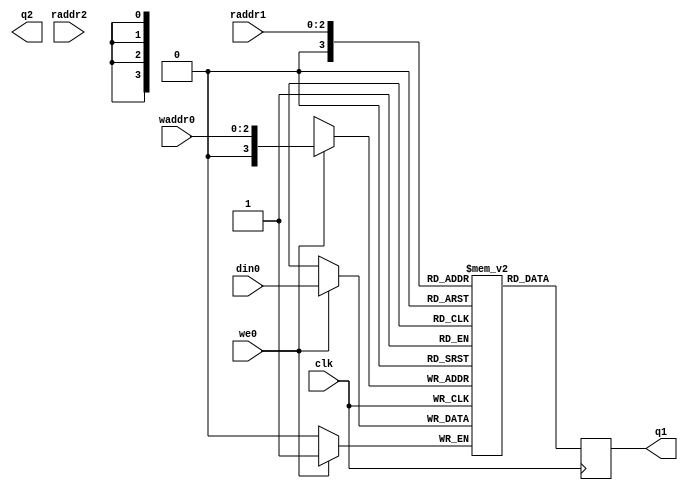

module mem3
    (input                clk
     ,input [2:0]         waddr0
     ,input               we0
     ,input         din0
     ,input [2:0]         raddr1
     ,output reg    q1
     ,input [2:0]         raddr2
     ,output reg    q2
     );

   reg rf[9:0]; // a bit bigger than needed to test strange cases

   reg none;

   always @(posedge clk) begin
     q1 <= rf[raddr1];
     none <= rf[raddr2];
     if (we0) begin
       rf[waddr0] <= din0;
     end
   end

endmodule